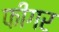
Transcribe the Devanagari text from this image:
फीगर